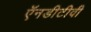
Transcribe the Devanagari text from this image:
ऍनडीटीवी